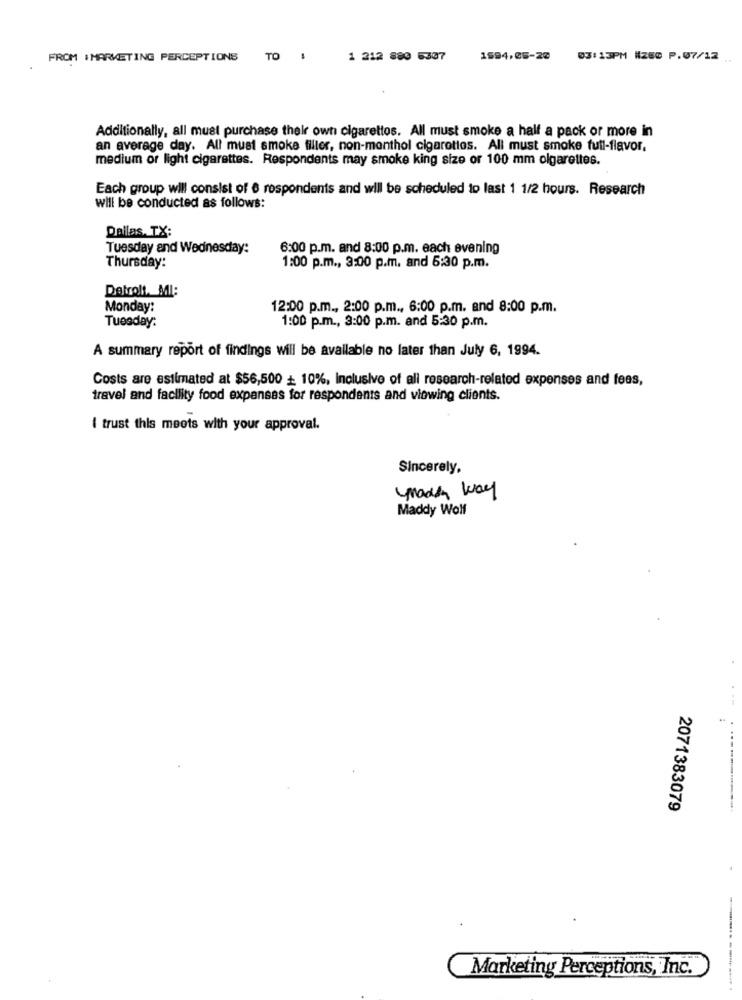
FROM IMARKETING PERCEPTIONS TO :
1 212 880 5307
1994,05-20
03:13PM #Z80 P.07/12
Additionally, all must purchase their own cigarettos. All must smoke a half a pack or more in
an average day. All must smoke filler, non-monthol cigarettes. All must smoke full-flavor,
medium or light cigarettes. Respondents may smoke king size or 100 mm olgarettes.
Each group will consist of 6 respondents and will be scheduled to last 1 1/2 hours. Research
will be conducted as follows:
Dallas, TX:
Tuesday and Wednesday:
6:00 p.m. and 8:00 p.m. each evening
Thursday:
1:00 p.m ., 3:00 p.m. and 6:30 p.m.
Detrolt. MI:
Monday:
12:00 p.m ., 2:00 p.m ., 6:00 p.m. and 8:00 p.m.
Tuesday:
1:00 p.m ., 3:00 p.m. and 5:30 p.m.
A summary report of findings will be available no later than July 6, 1994.
Costs are estimated at $56,500 + 10%, Inclusive of all research-related expenses and fees,
travel and facility food expanses for respondents and viewing clients.
i trust this meets with your approval.
Sincerely,
made way
Maddy Wolf
2071383079
Marketing Perceptions, Inc.